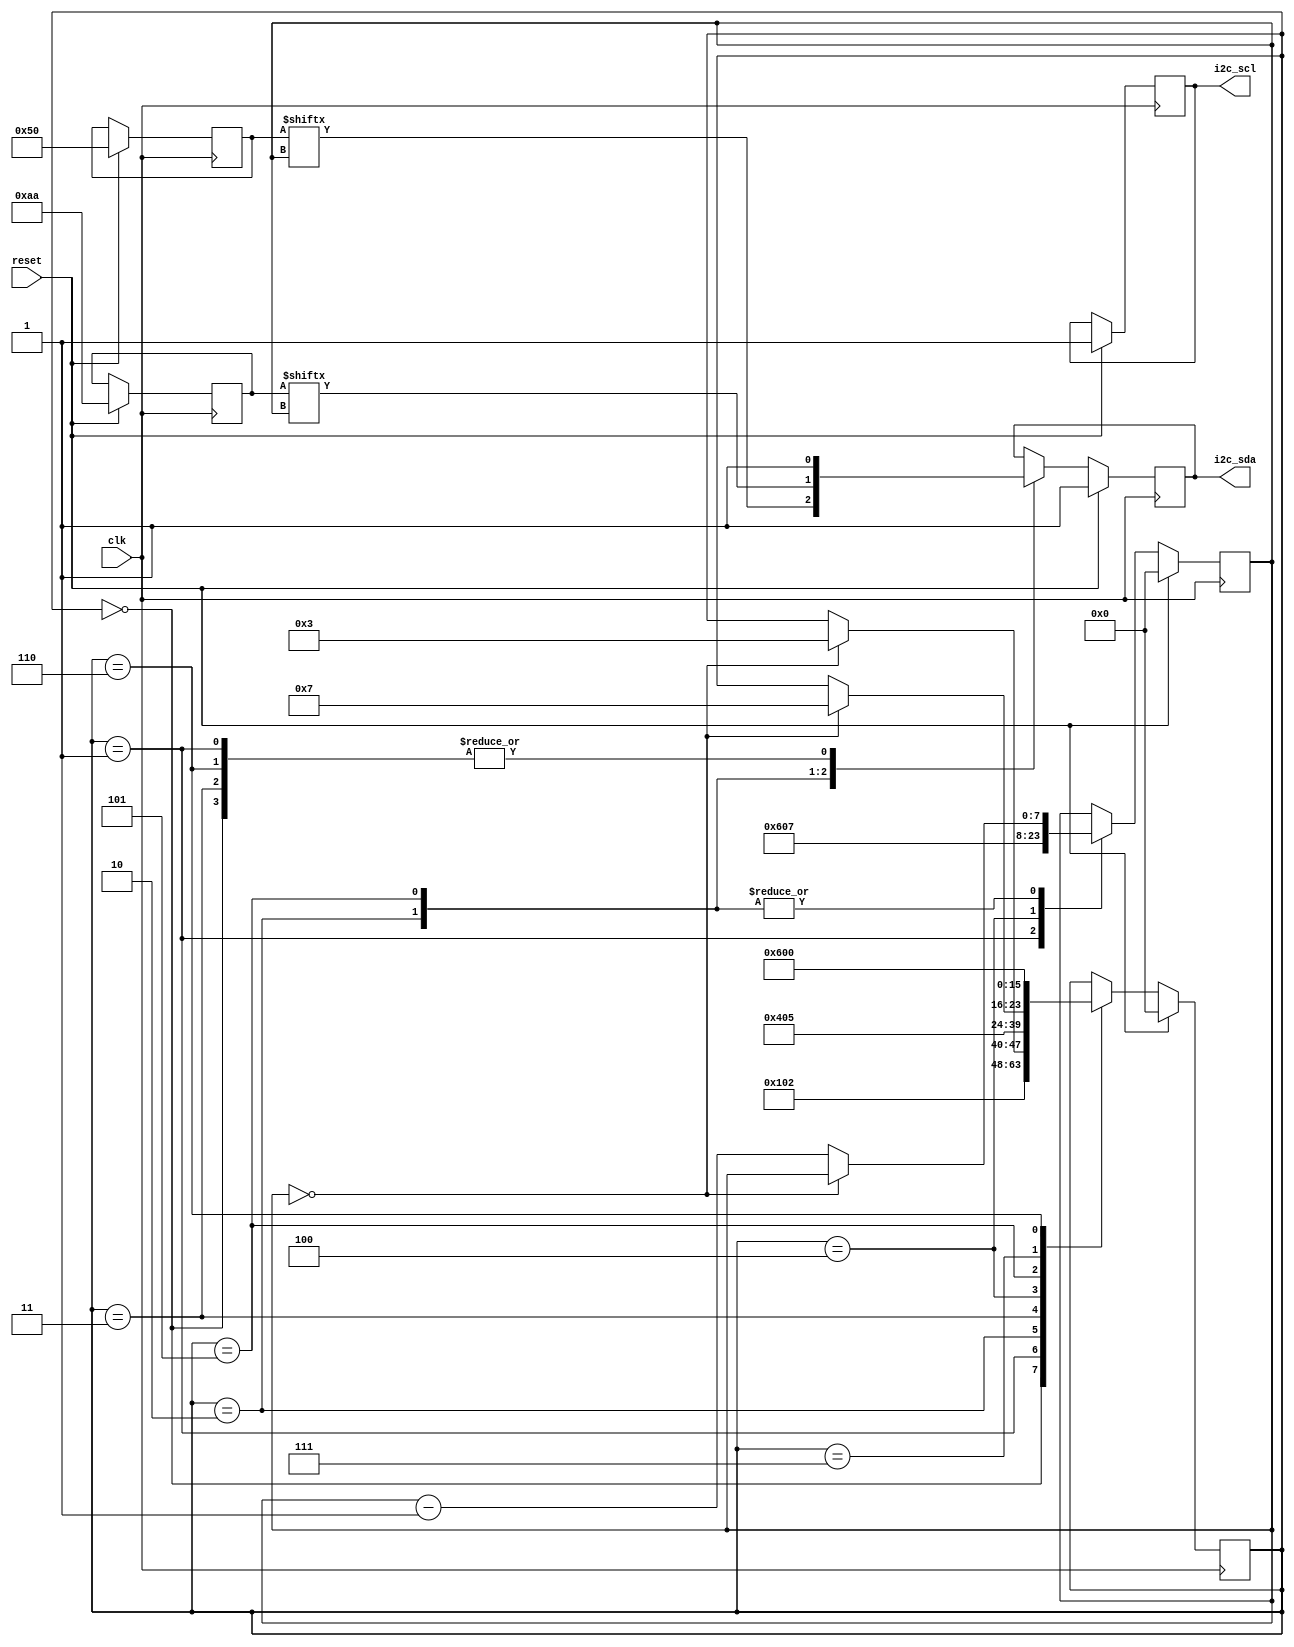
`timescale 1ns / 1ps
//////////////////////////////////////////////////////////////////////////////////
// Company: 
// Engineer: 
// 
// Design Name: 
// Module Name:    step1 
// Project Name: 
// Target Devices: 
// Tool versions: 
// Description: 
//
// Dependencies: 
//
// Revision: 
// Revision 0.01 - File Created
// Additional Comments: 
//
//////////////////////////////////////////////////////////////////////////////////
module step1(
    input wire clk,
    input wire reset,
    output reg i2c_sda,
    output reg i2c_scl
    );
	 
	 // goal is to write to device address 0x50, 0xaa
	 localparam STATE_IDLE =0;
	 localparam STATE_START =1;
	 localparam STATE_ADDR =2;
	 localparam STATE_RW =3;
	 localparam STATE_WACK =4;
	 localparam STATE_DATA =5;
	 localparam STATE_STOP =6;
	 localparam STATE_WACK2 =7;
	 
	 reg [7:0] state;
	 reg [6:0] addr;
	 reg [7:0] count;
	 reg [7:0] data;
	 always  @(posedge clk) begin
        if (reset ==1) begin
		     state <=0;
			  i2c_sda<= 1;
			  i2c_scl<= 1;
			  addr<= 7'h50;
			  count<= 8'd0;
			  data <= 8'haa;
		  end
		  else begin
				case (state)
				
					STATE_IDLE: begin // idle 
						i2c_sda <= 1;
						 state <= STATE_START;
					end
					
					STATE_START: begin // start
						i2c_sda <=1;
						state <= STATE_ADDR;
						count <= 6;
					end
					
					STATE_ADDR: begin // MSB address bit
						i2c_sda <=addr[count];
						if (count == 0)	state <= STATE_RW;
						else count <= count - 1;
					end
					
					STATE_RW: begin 
						i2c_sda <=1;
						state <= STATE_WACK;
					end
					
					STATE_WACK: begin 
						state <= STATE_DATA;
						count <=7;
					end
					
					STATE_DATA: begin 
						i2c_sda <= data[count];
						if (count == 0) state <= STATE_WACK2;
						else count <= count-1;
					end
					
					STATE_WACK2: begin 
						state <= STATE_STOP;
					end
						
					STATE_STOP: begin 
						i2c_sda <=1;
						state <= STATE_IDLE;
					end	
				endcase
			end
		 end
endmodule

//but this circuit has a issue it's run at 500MHz but the maximum frequency is 400KHz and recomended is 100KHz.